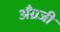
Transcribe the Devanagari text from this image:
अँग्रजी